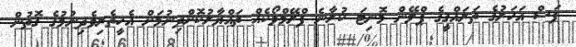
ފަސް އަހަރުގެ ތަރައްގީގެ ޕްލޭން މޮނިޓަ ކުރާނެ ފްރޭމްވޯކެއް ތައްޔާރުކޮށްދިނުމަށް އެހީތެރިވެދިނުމުގެ ގޮތުން